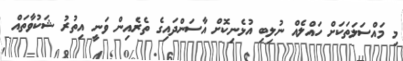
މި މައްސަލަތަކަށް ހައްލެއް ނުލިބި އުޅެނިކޮށް އާސަންދައިގެ ތެރެއިން ވަނީ އިތުރު ޝަކުވާތައް